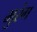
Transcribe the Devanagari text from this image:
मुरंग